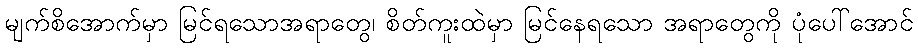
မျက်စိအောက်မှာ မြင်ရသောအရာတွေ၊ စိတ်ကူးထဲမှာ မြင်နေရသော အရာတွေကို ပုံပေါ်အောင်